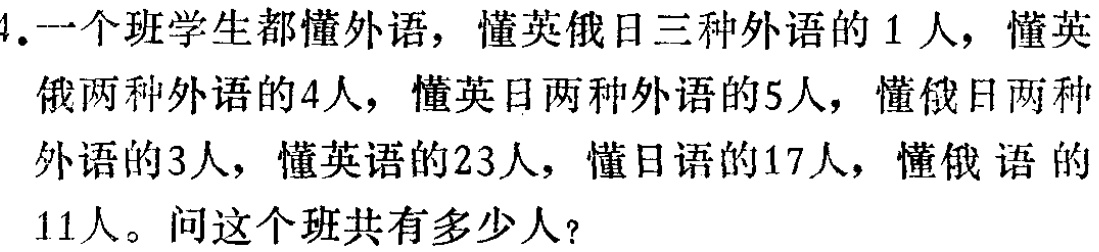
4.一个班学生都懂外语，懂英俄日三种外语的1人，懂英俄两种外语的4人，懂英日两种外语的5人，懂俄日两种外语的3人，懂英语的23人，懂日语的17人，懂俄语的11人。问这个班共有多少人？